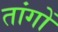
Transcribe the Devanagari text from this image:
तांगों